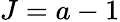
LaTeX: J=a-1